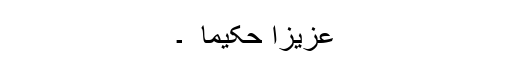
عزیزاً حکیما ً ۔